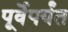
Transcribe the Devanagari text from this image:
पूर्वेपर्यंत